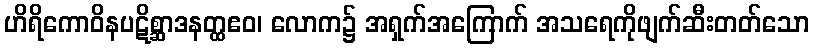
ဟိရိကောဝိနပဋိစ္ဆာဒနတ္ထဧဝ၊ လောက၌ အရှက်အကြောက် အသရေကိုဖျက်ဆီးတတ်သော